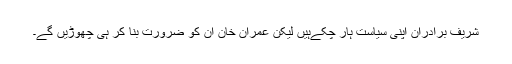
شریف برادران اپنی سیاست ہار چکےہیں لیکن عمران خان ان کو ضرورت بنا کر ہی چھوڑیں گے۔